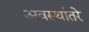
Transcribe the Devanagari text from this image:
अवस्थांतरे